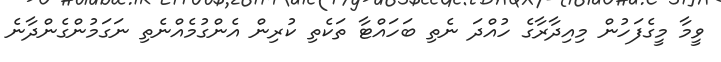
ވީމާ މީގެފަހުން މިއިދާރާގެ ހުއްދަ ނެތި ބަހައްޓާ ތަކެތި ކުރިން އެންގުމެއްނެތި ނަގަމުންގެންދާނެ